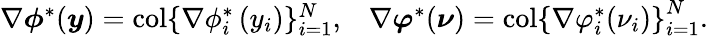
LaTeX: \begin{array}{ll}{\nabla\boldsymbol{\phi}^{*}(\boldsymbol{y})=\operatorname{col}\{ {\nabla\phi_{i}^{*}}\left(y_{i}\right)\} _{i=1}^{N},}&{\nabla\boldsymbol{\varphi}^{*}(\boldsymbol{\nu})=\operatorname{col}\{ \nabla\varphi_{i}^{*}\left(\nu_{i})\right\} _{i=1}^{N}.}\end{array}